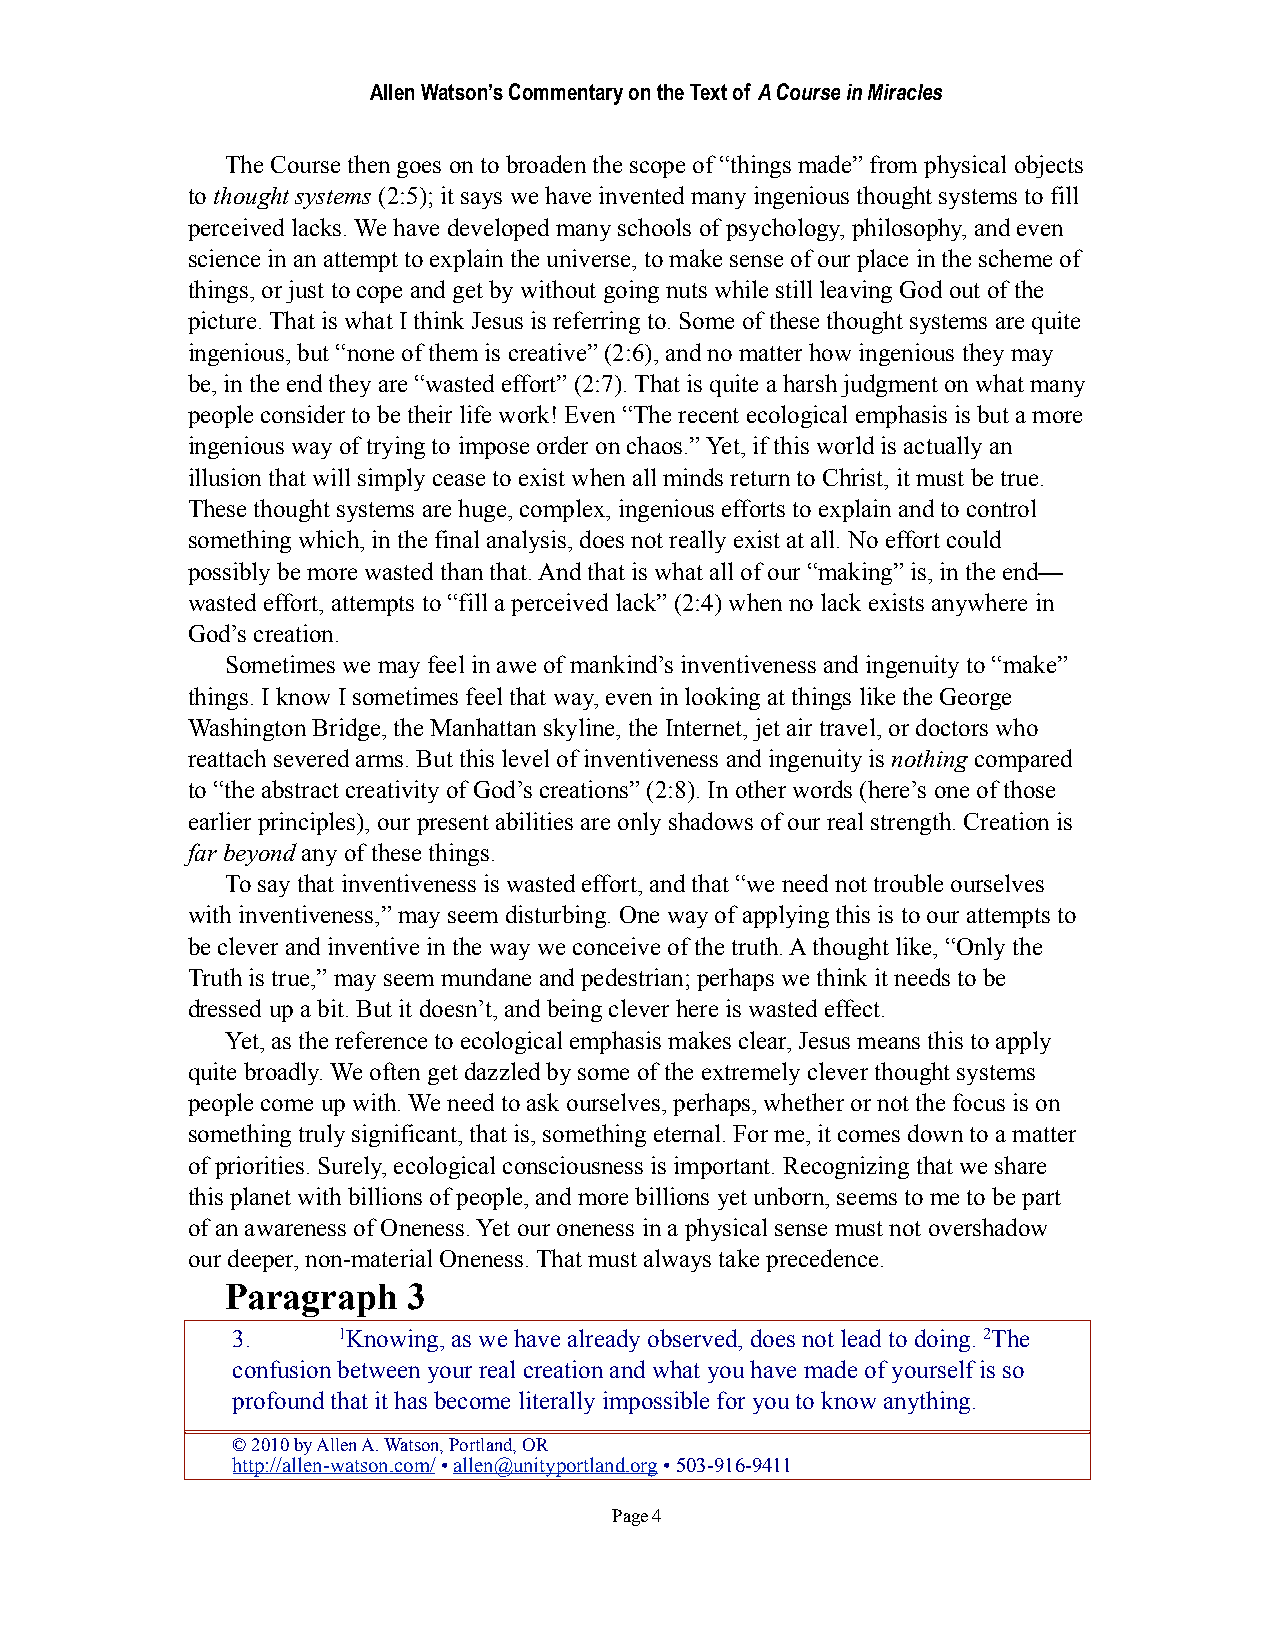
Allen Watson’s Commentary on the Text of A Course in Miracles
 The Course then goes on to broaden the scope of “things made” from physical objects
 to thought systems (2:5); it says we have invented many ingenious thought systems to fill
 perceived lacks. We have developed many schools of psychology, philosophy, and even
 science in an attempt to explain the universe, to make sense of our place in the scheme of
 things, or just to cope and get by without going nuts while still leaving God out of the
 picture. That is what I think Jesus is referring to. Some of these thought systems are quite
 ingenious, but “none of them is creative” (2:6), and no matter how ingenious they may
 be, in the end they are “wasted effort” (2:7). That is quite a harsh judgment on what many
 people consider to be their life work! Even “The recent ecological emphasis is but a more
 ingenious way of trying to impose order on chaos.” Yet, if this world is actually an
 illusion that will simply cease to exist when all minds return to Christ, it must be true.
 These thought systems are huge, complex, ingenious efforts to explain and to control
 something which, in the final analysis, does not really exist at all. No effort could
 possibly be more wasted than that. And that is what all of our “making” is, in the end—
 wasted effort, attempts to “fill a perceived lack” (2:4) when no lack exists anywhere in
 God’s creation.
 Sometimes we may feel in awe of mankind’s inventiveness and ingenuity to “make”
 things. I know I sometimes feel that way, even in looking at things like the George
 Washington Bridge, the Manhattan skyline, the Internet, jet air travel, or doctors who
 reattach severed arms. But this level of inventiveness and ingenuity is nothing compared
 to “the abstract creativity of God’s creations” (2:8). In other words (here’s one of those
 earlier principles), our present abilities are only shadows of our real strength. Creation is
 far beyond any of these things.
 To say that inventiveness is wasted effort, and that “we need not trouble ourselves
 with inventiveness,” may seem disturbing. One way of applying this is to our attempts to
 be clever and inventive in the way we conceive of the truth. A thought like, “Only the
 Truth is true,” may seem mundane and pedestrian; perhaps we think it needs to be
 dressed up a bit. But it doesn’t, and being clever here is wasted effect.
 Yet, as the reference to ecological emphasis makes clear, Jesus means this to apply
 quite broadly. We often get dazzled by some of the extremely clever thought systems
 people come up with. We need to ask ourselves, perhaps, whether or not the focus is on
 something truly significant, that is, something eternal. For me, it comes down to a matter
 of priorities. Surely, ecological consciousness is important. Recognizing that we share
 this planet with billions of people, and more billions yet unborn, seems to me to be part
 of an awareness of Oneness. Yet our oneness in a physical sense must not overshadow
 our deeper, non-material Oneness. That must always take precedence.
 Paragraph   3
 3.     1Knowing, as we have already observed, does not lead to doing. 2The
 confusion between your real creation and what you have made of yourself is so
 profound that it has become literally impossible for you to know anything.
 © 2010 by Allen A. Watson, Portland, OR
 http://allen-watson.com/ • allen@unityportland.org • 503-916-9411
 Page 4